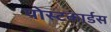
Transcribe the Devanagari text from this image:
पोस्टकार्डस